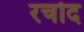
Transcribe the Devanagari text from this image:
रचोद